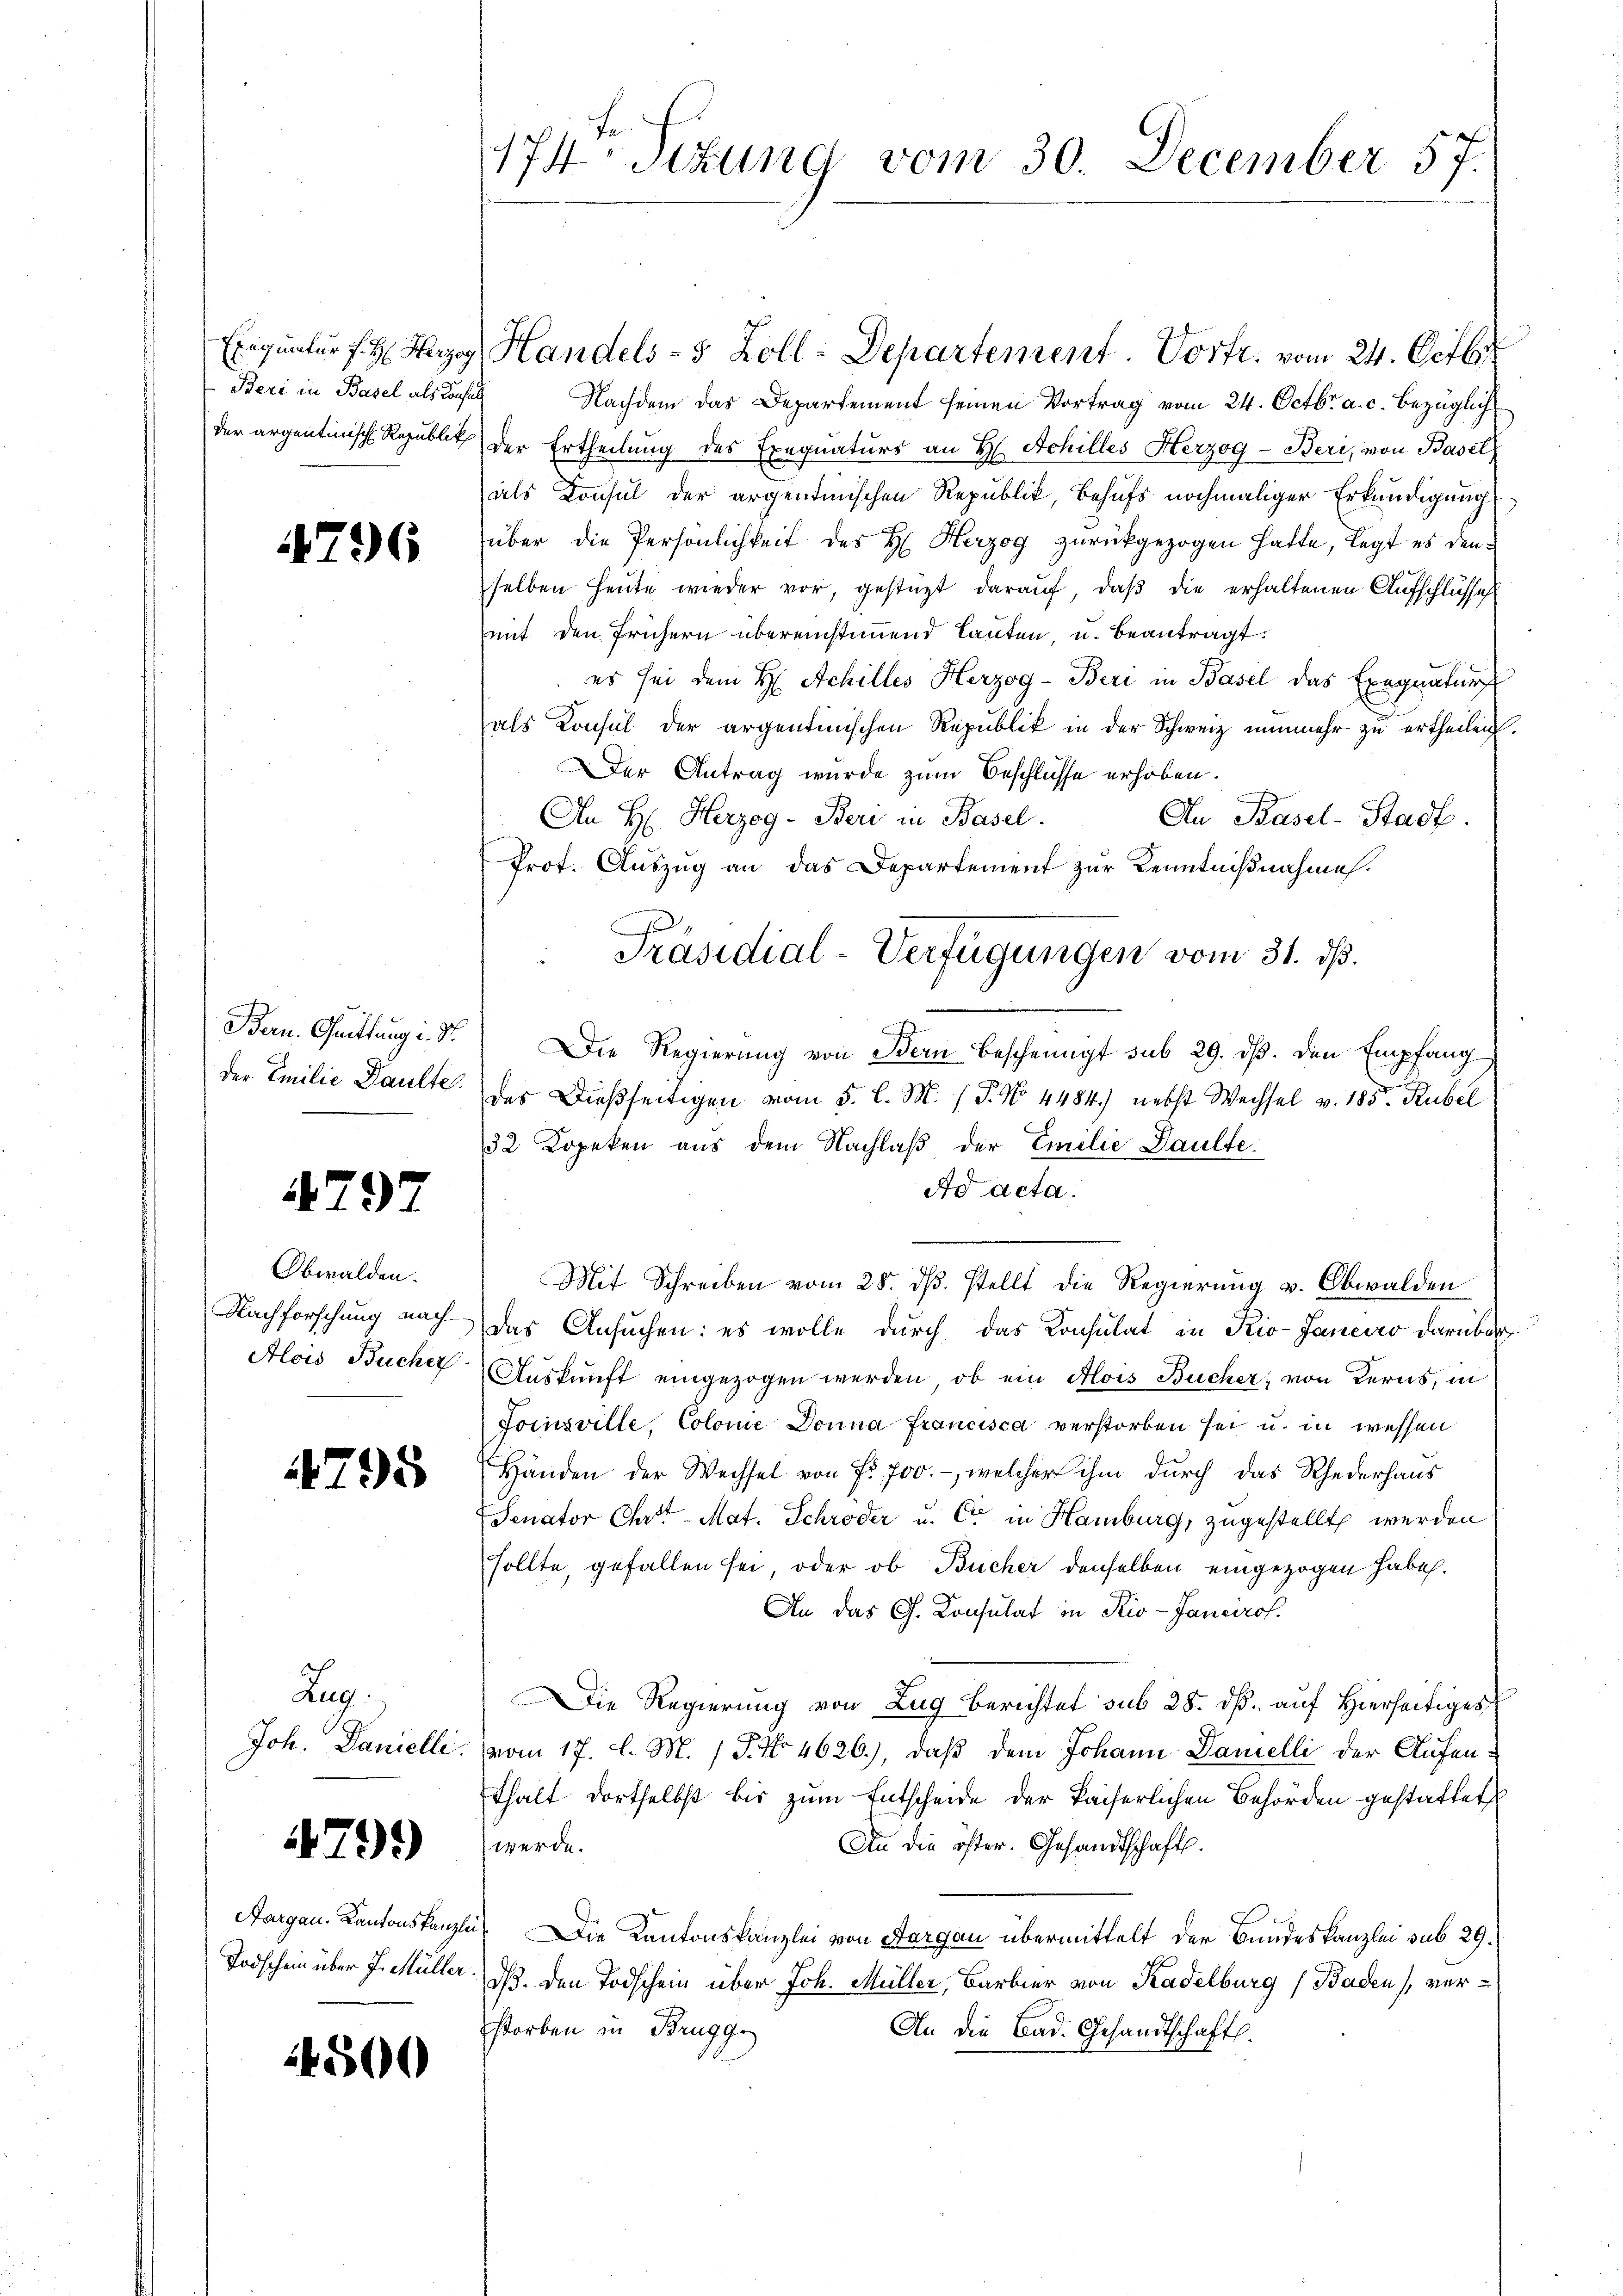
Beri in Basel als Konsuls

4796

Bern. Guittung i. S.
der Emilie Daulte

4797

Obwalden.

14795

Zug.

479)

Todschein über J. Müller

4500

174. Sitzung vom 30. December 57.

Nachdem das Departement seinen Vortrag vom 24. Octbr. a. c. bezüglich
der argentinisch Republik der Ertheilung des Exequaturs an H. Achilles Herzog - Beri, von Basel
als Konsul der argentinischen Republik, behufs nochmaliger Erkundigung
über die Persönlichkeit des H. Herzog zurückgezogen hatte, legt es denselben heute wieder vor, gestützt darauf, daß die erhaltenen Aufschlüsse
mit den frühern übereinstimmend lauten, u. beantragt:
es sei dem H. Achilles Herzog-Beri in Basel das Exequatur
als Konsul der argentinischen Republik in der Schweiz nunmehr zu ertheilen.
Der Antrag wurde zum Beschlüsse erhoben.
An H. Herzog - Beri in Basel.
An Basel-Stadt.
Prot. Auszug an das Departement zur Kenntnißnahmes.
Die Regierung von Bern bescheinigt sub 29. ds. den Empfang
u
des Dießseitigen vom 5. l. M. (T. No 4484) nebst Wechsel v. 185. Rubel
32 Kopeken aus dem Nachlaß der Emilie Paulte
Ad acta.
Mit Schreiben vom 28. ds. stellt die Regierung v. Obwalden
Nachforschung nach das Ansuchen: es wolle durch das Consulat in Rio-Janeiro darüber
Alois Bucher Aŭskŭnft eingezogen werden, ob ein Alois Bücher, von Kerns, in
Joisville, Colonie Donna Francisca verstorben sei u. in wessen
Händen der Wechsel von Fr. 700.-, welcher ihm durch das Rhederhaus
Senator Chrt-Mat. Schröder u. Cie in Hamburg, zugestellt werden
sollte, gefallen sei, oder ob Bücher denselben eingezogen habe.
An das G. Consulat in Rio-Jancirof.
Die Regierung von Zug berichtet sub 28. ds. auf Hierseitiges
Joh. Danielle. vom 17. l. M. (T. No 4626.), daß dem Johann Danelli der Aufenthalt dortselbst bis zum Entscheide der kaiserlichen Behörden gestattet
An die öster. Gesandtschaft.
werde.
Aargau, Kantonskanzlei. Die Kantonskanzlei von Aargau übermittelt der Bundeskanzlei sub 29.
dß. Den Todschein über Joh. Müller, Barbier von Kadelburg (Baden, verstorben in Brugg
An die Bad. Gesandtschaft.

Exequatur f H. Herr Handels- 5 Zoll-Departement. Vortr. vom 24. Octbr

Präsidial-Verfügungen vom 31. ds.